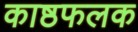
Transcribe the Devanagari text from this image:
काष्ठफलक